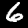
Digit: 6